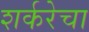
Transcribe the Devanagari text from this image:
शर्करेचा